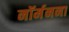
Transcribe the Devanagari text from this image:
नॉर्मनना